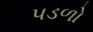
પડળો